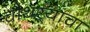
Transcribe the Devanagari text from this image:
चौथऱ्याचा